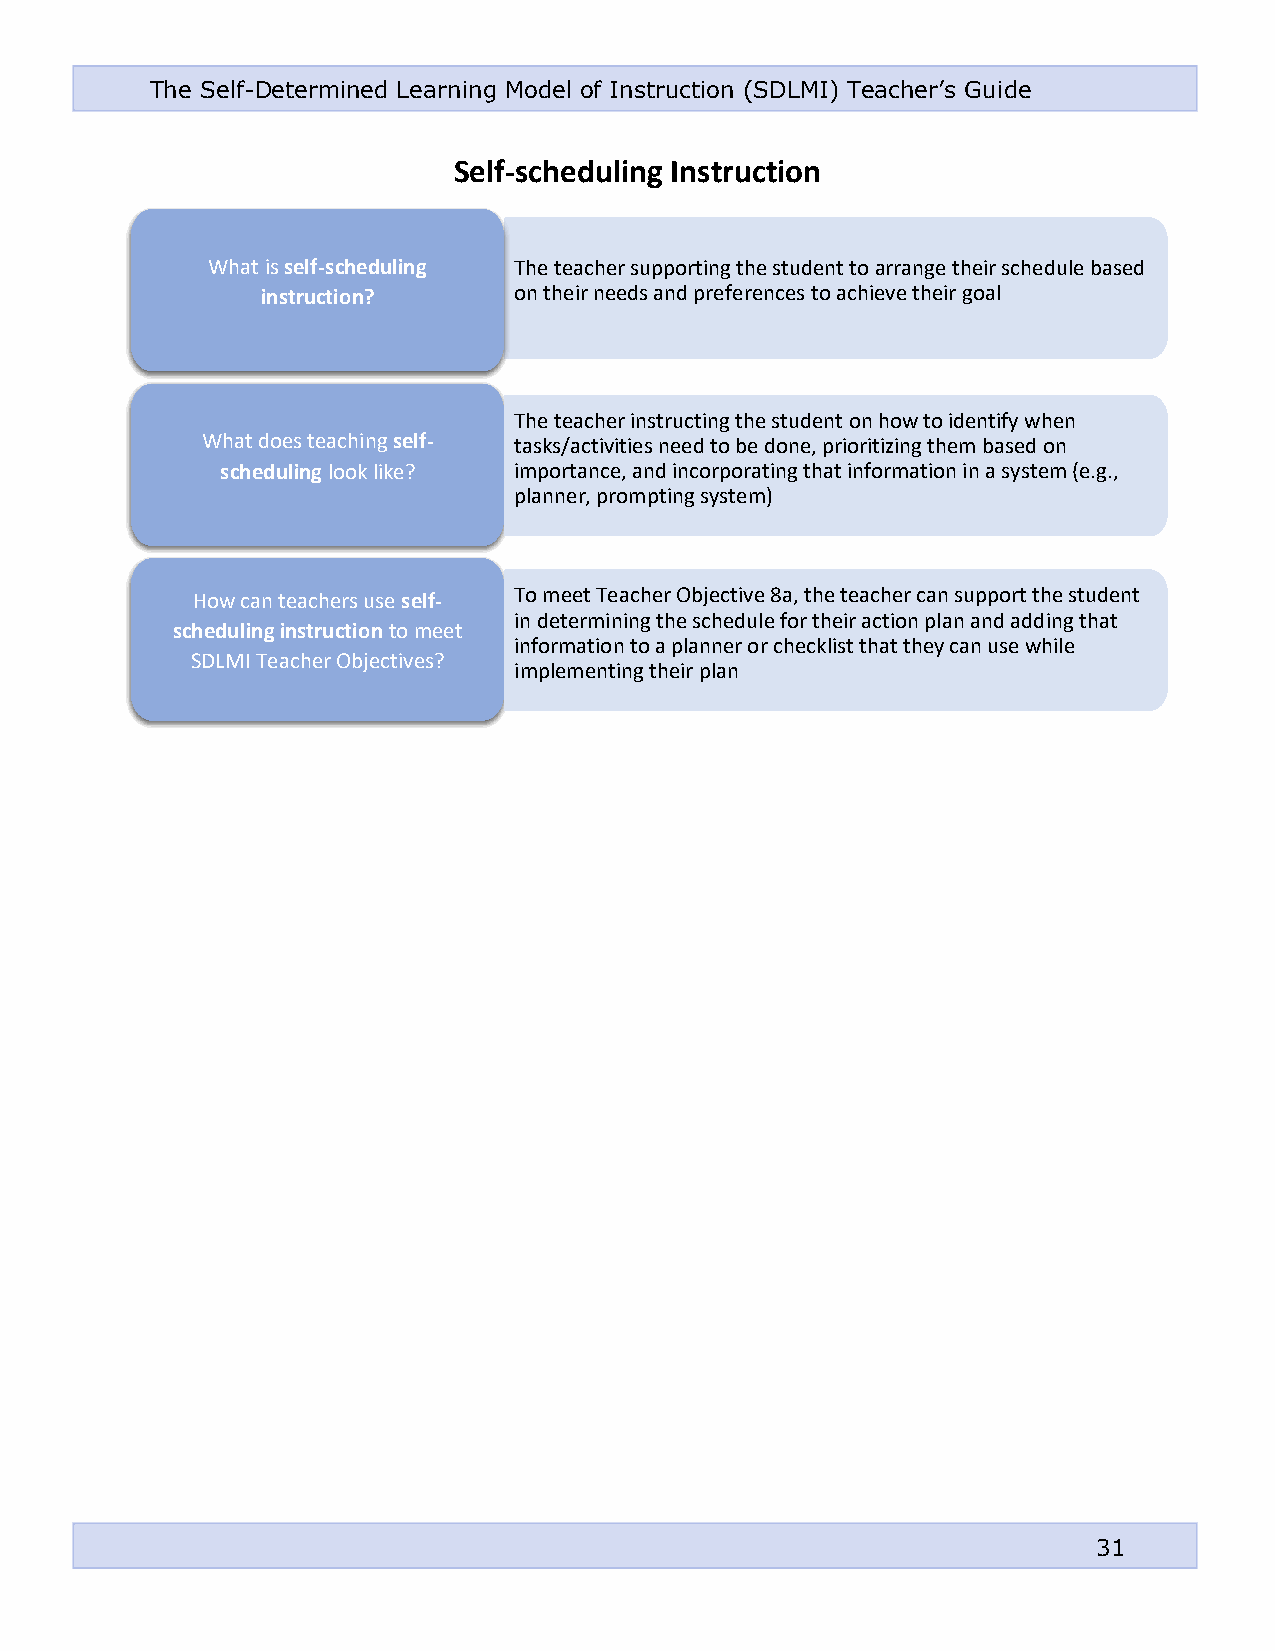
The Self-Determined Learning Model of Instruction (SDLMI) Teacher’s Guide
 Self-scheduling Instruction
 What is self-scheduling The teacher supporting the student to arrange their schedule based
 instruction?     on their needs and preferences to achieve their goal
 The teacher instructing the student on how to identify when
 What does teaching self- tasks/activities need to be done, prioritizing them based on
 scheduling look like? importance, and incorporating that information in a system (e.g.,
 planner, prompting system)
 How can teachers use self- To meet Teacher Objective 8a, the teacher can support the student
 in determining the schedule for their action plan and adding that
 scheduling instruction to meet
 information to a planner or checklist that they can use while
 SDLMI Teacher Objectives?
 implementing their plan
 31